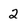
Character: 2